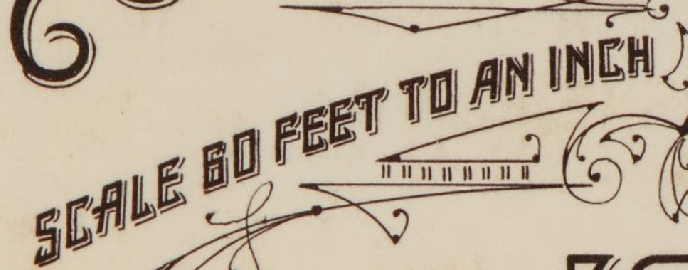
SCALE 60 FEET TO AN INCH